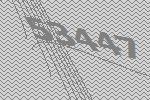
53447